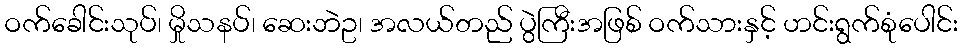
ဝက်ခေါင်းသုပ်၊ မှိုသနပ်၊ ဆေးဘဲဥ၊ အလယ်တည် ပွဲကြီးအဖြစ် ဝက်သားနှင့် ဟင်းရွက်စုံပေါင်း